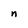
Character: n